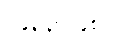
(၄၃၃၊ ၄၈၀)